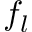
f _ { l }